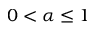
0 < \alpha \leq 1